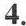
4.